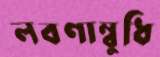
লবণাম্বুধি